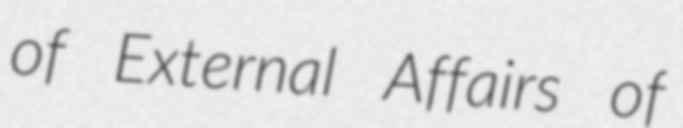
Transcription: of External Affairs of